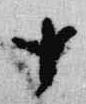
十